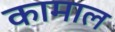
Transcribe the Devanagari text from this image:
कामाल